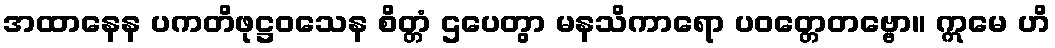
အထာနေန ပကတိဖုဋ္ဌဝသေန စိတ္တံ ဌပေတွာ မနသိကာရော ပဝတ္တေတဗ္ဗော။ ဣမေ ဟိ